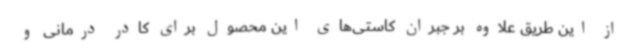
از این طریق علاوه بر جبران کاستی‌های این محصول برای کادر درمانی و